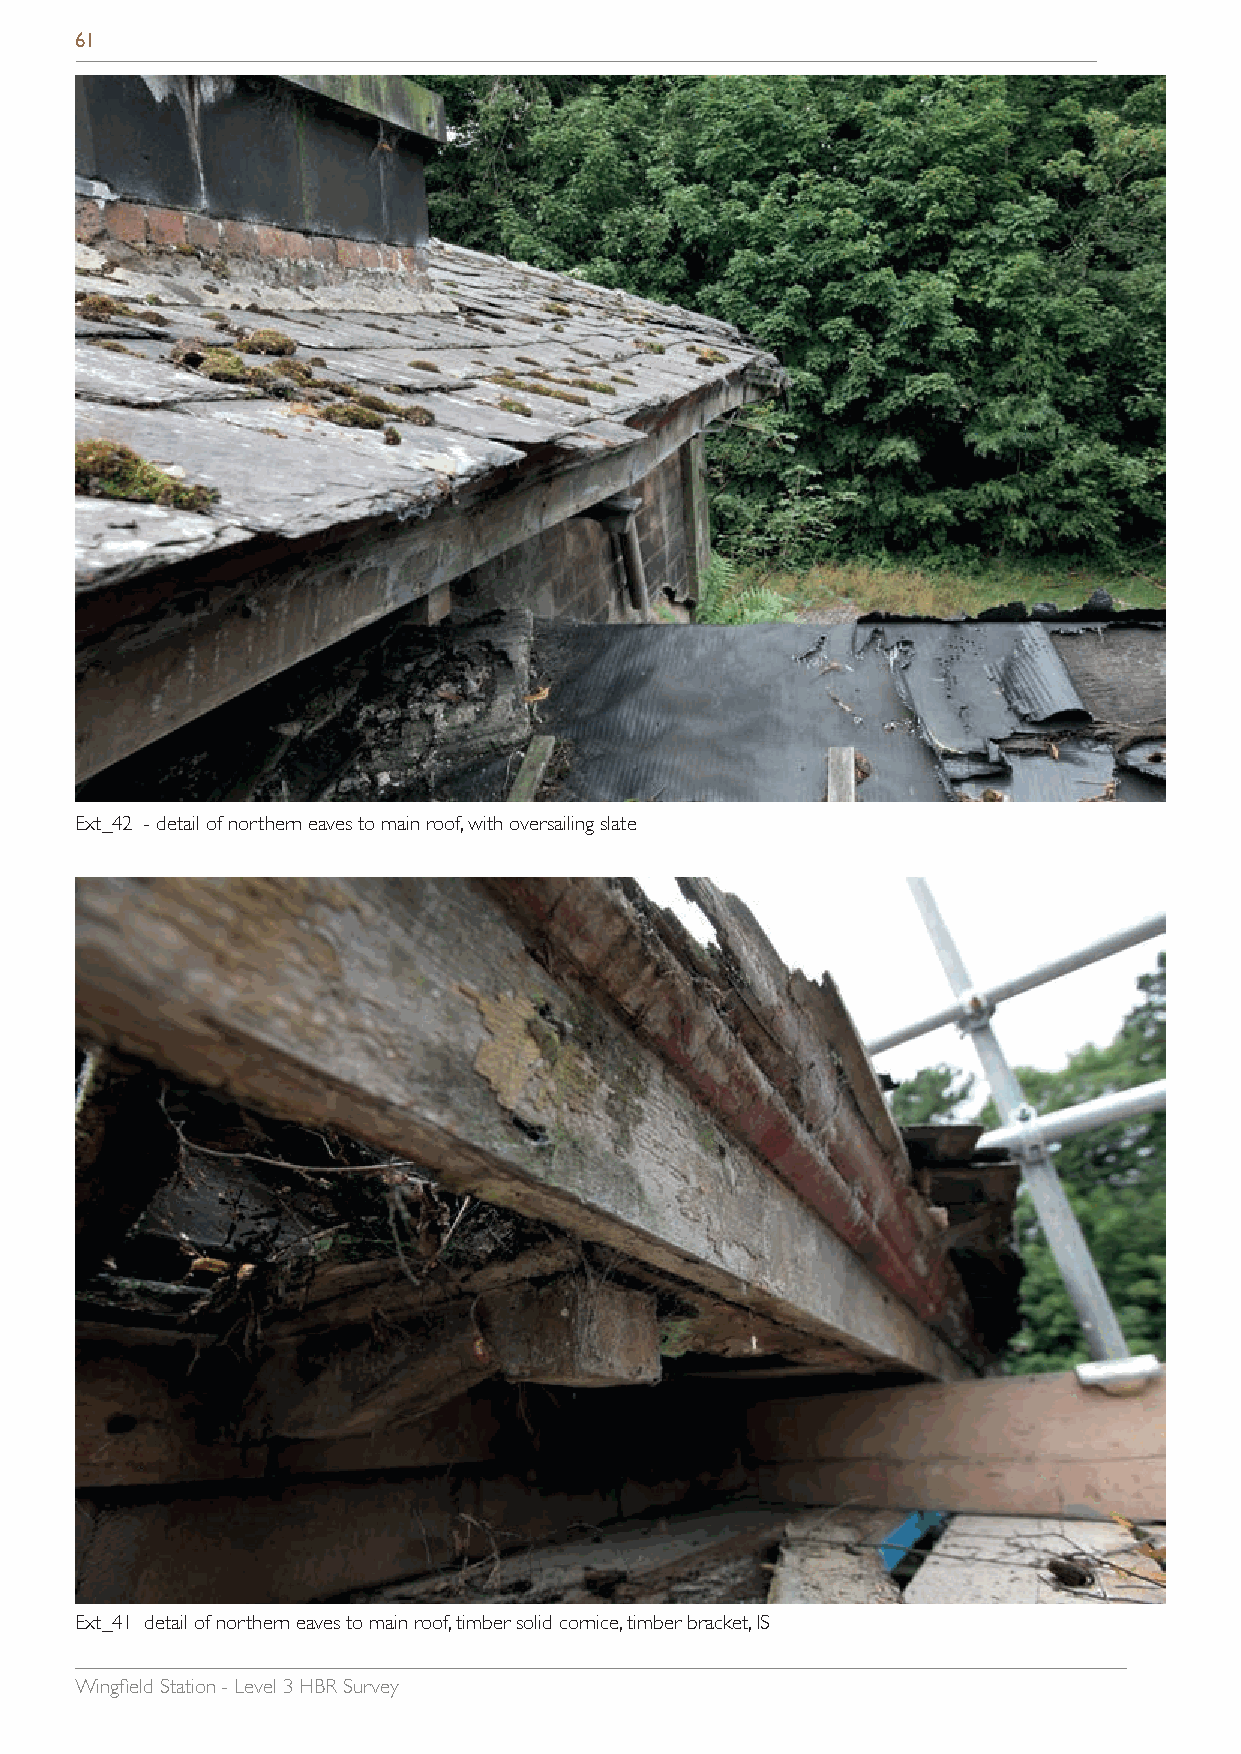
61
 Ext_42 - detail of northern eaves to main roof, with oversailing slate
 Ext_41 detail of northern eaves to main roof, timber solid cornice, timber bracket, IS
 Wingfield Station - Level 3 HBR Survey